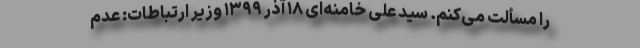
را مسألت می‌کنم. سید علی خامنه‌ای ۱۸ آذر ۱۳۹۹ وزیر ارتباطات: عدم